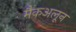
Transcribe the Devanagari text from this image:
मैकअलून